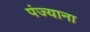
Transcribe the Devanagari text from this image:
पंज्याना